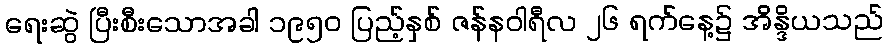
ရေးဆွဲ ပြီးစီးသောအခါ ၁၉၅၀ ပြည့်နှစ် ဇန်နဝါရီလ ၂၆ ရက်နေ့၌ အိန္ဒိယသည်